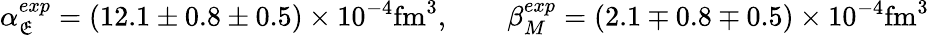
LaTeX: \alpha_{\mathfrak{E}}^{exp}=(12.1\pm0.8\pm0.5)\times10^{-4}\mathrm{{fm}}^{3},\qquad\beta_{M}^{exp}=(2.1\mp0.8\mp0.5)\times10^{-4}\mathrm{{fm}}^{3}